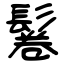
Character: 鬈